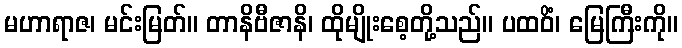
မဟာရာဇ၊ မင်းမြတ်။ တာနိဗီဇာနိ၊ ထိုမျိုးစေ့တို့သည်။ ပထဝိံ၊ မြေကြီးကို။